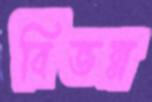
বিভন্ন